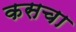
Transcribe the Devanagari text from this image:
कसचा